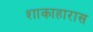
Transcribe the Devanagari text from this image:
शाकाहारास